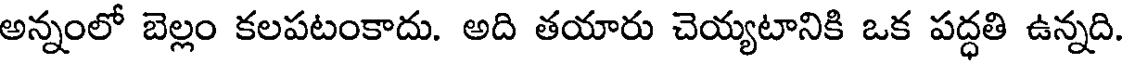
అన్నంలో బెల్లం కలపటంకాదు. అది తయారు చెయ్యటానికి ఒక పద్ధతి ఉన్నది